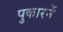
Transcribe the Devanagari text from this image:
पुकारनें